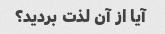
آیا از آن لذت بردید؟